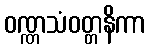
ဝဏ္ဏသံဝတ္တနိကာ